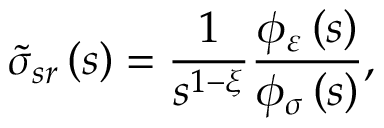
\tilde { \sigma } _ { s r } \left( s \right) = \frac { 1 } { s ^ { 1 - \xi } } \frac { \phi _ { \varepsilon } \left( s \right) } { \phi _ { \sigma } \left( s \right) } ,